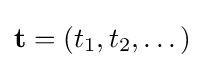
\mathbf {t} =(t_{1},t_{2},\dots )